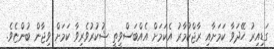
ގަޑިއިރު ހޭދަވާ ކަމަށާއި ރާޖްކުމާރު އެކަމަށް އެއްބަސްވީތީ ޝުކުރުވެރިވާ ކަމަށް ވިޖާން ބުންޏެވެ.